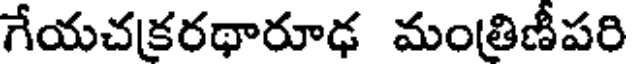
గేయచక్రరథారూఢ మంత్రిణీపరి